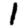
Digit: 1